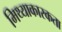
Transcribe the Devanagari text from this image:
मिथ्याकारकता